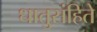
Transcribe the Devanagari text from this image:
धातुसंहिते